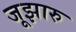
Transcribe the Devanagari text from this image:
जूझारु